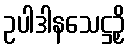
ဥပါဒါနသေဋ္ဌဉှိ